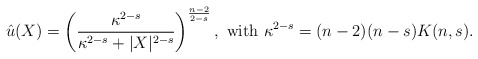
\begin{align*}\hat{u}(X) = \left(\frac{\kappa^{2-s}}{\kappa^{2-s} + |X|^{2-s}}\right)^{\frac{n-2}{2-s}}, \ {\rm with} \ \kappa^{2-s} = (n-2)(n-s)K(n,s).\end{align*}